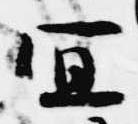
宣